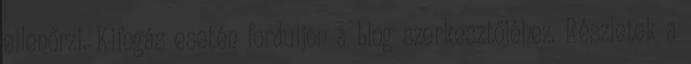
ellenőrzi. Kifogás esetén forduljon a blog szerkesztőjéhez. Részletek a